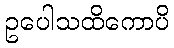
ဥပေါသထိကောပိ